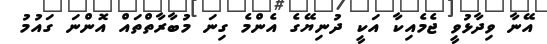
އޭނާ ވިދާޅުވީ ޖެމެއިކާ އަކީ ދުނިޔޭގެ އެންމެ ގިނަ މުބާރާތްތައް އޮންނަ ގައުމު